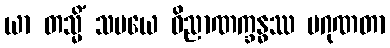
ယာ တသ္မိံ သမယေ ဝိညာဏက္ခန္ဓဿ ပဂုဏတာ